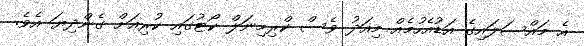
އެ މައްސަލައިގެ އަޑުއެހުމެއް މިއަދު ވެސް ކްރިމިނަލް ކޯޓުގައި ކުރިއަށް ގެންދިޔަ އެވެ.